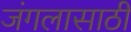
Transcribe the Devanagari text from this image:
जंगलासाठी